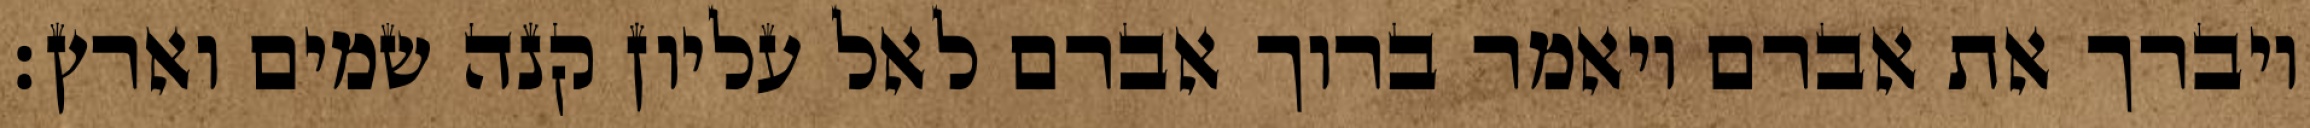
ויברך את אברם ויאמר ברוך אברם לאל עליון קנה שמים וארץ׃